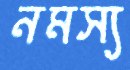
নমস্য